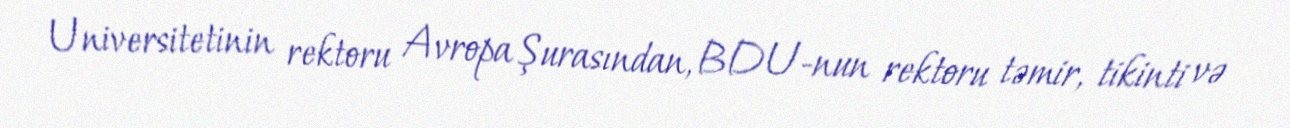
Universitetinin rektoru Avropa Şurasından, BDU-nun rektoru təmir, tikinti və